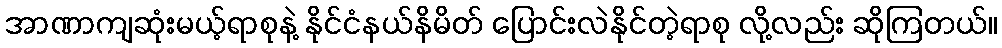
အာဏာကျဆုံးမယ့်ရာစုနဲ့ နိုင်ငံနယ်နိမိတ် ပြောင်းလဲနိုင်တဲ့ရာစု လို့လည်း ဆိုကြတယ်။